65_HS1-834228961_62-HQ-83894_Section_8
Agency: FBI
Page 4
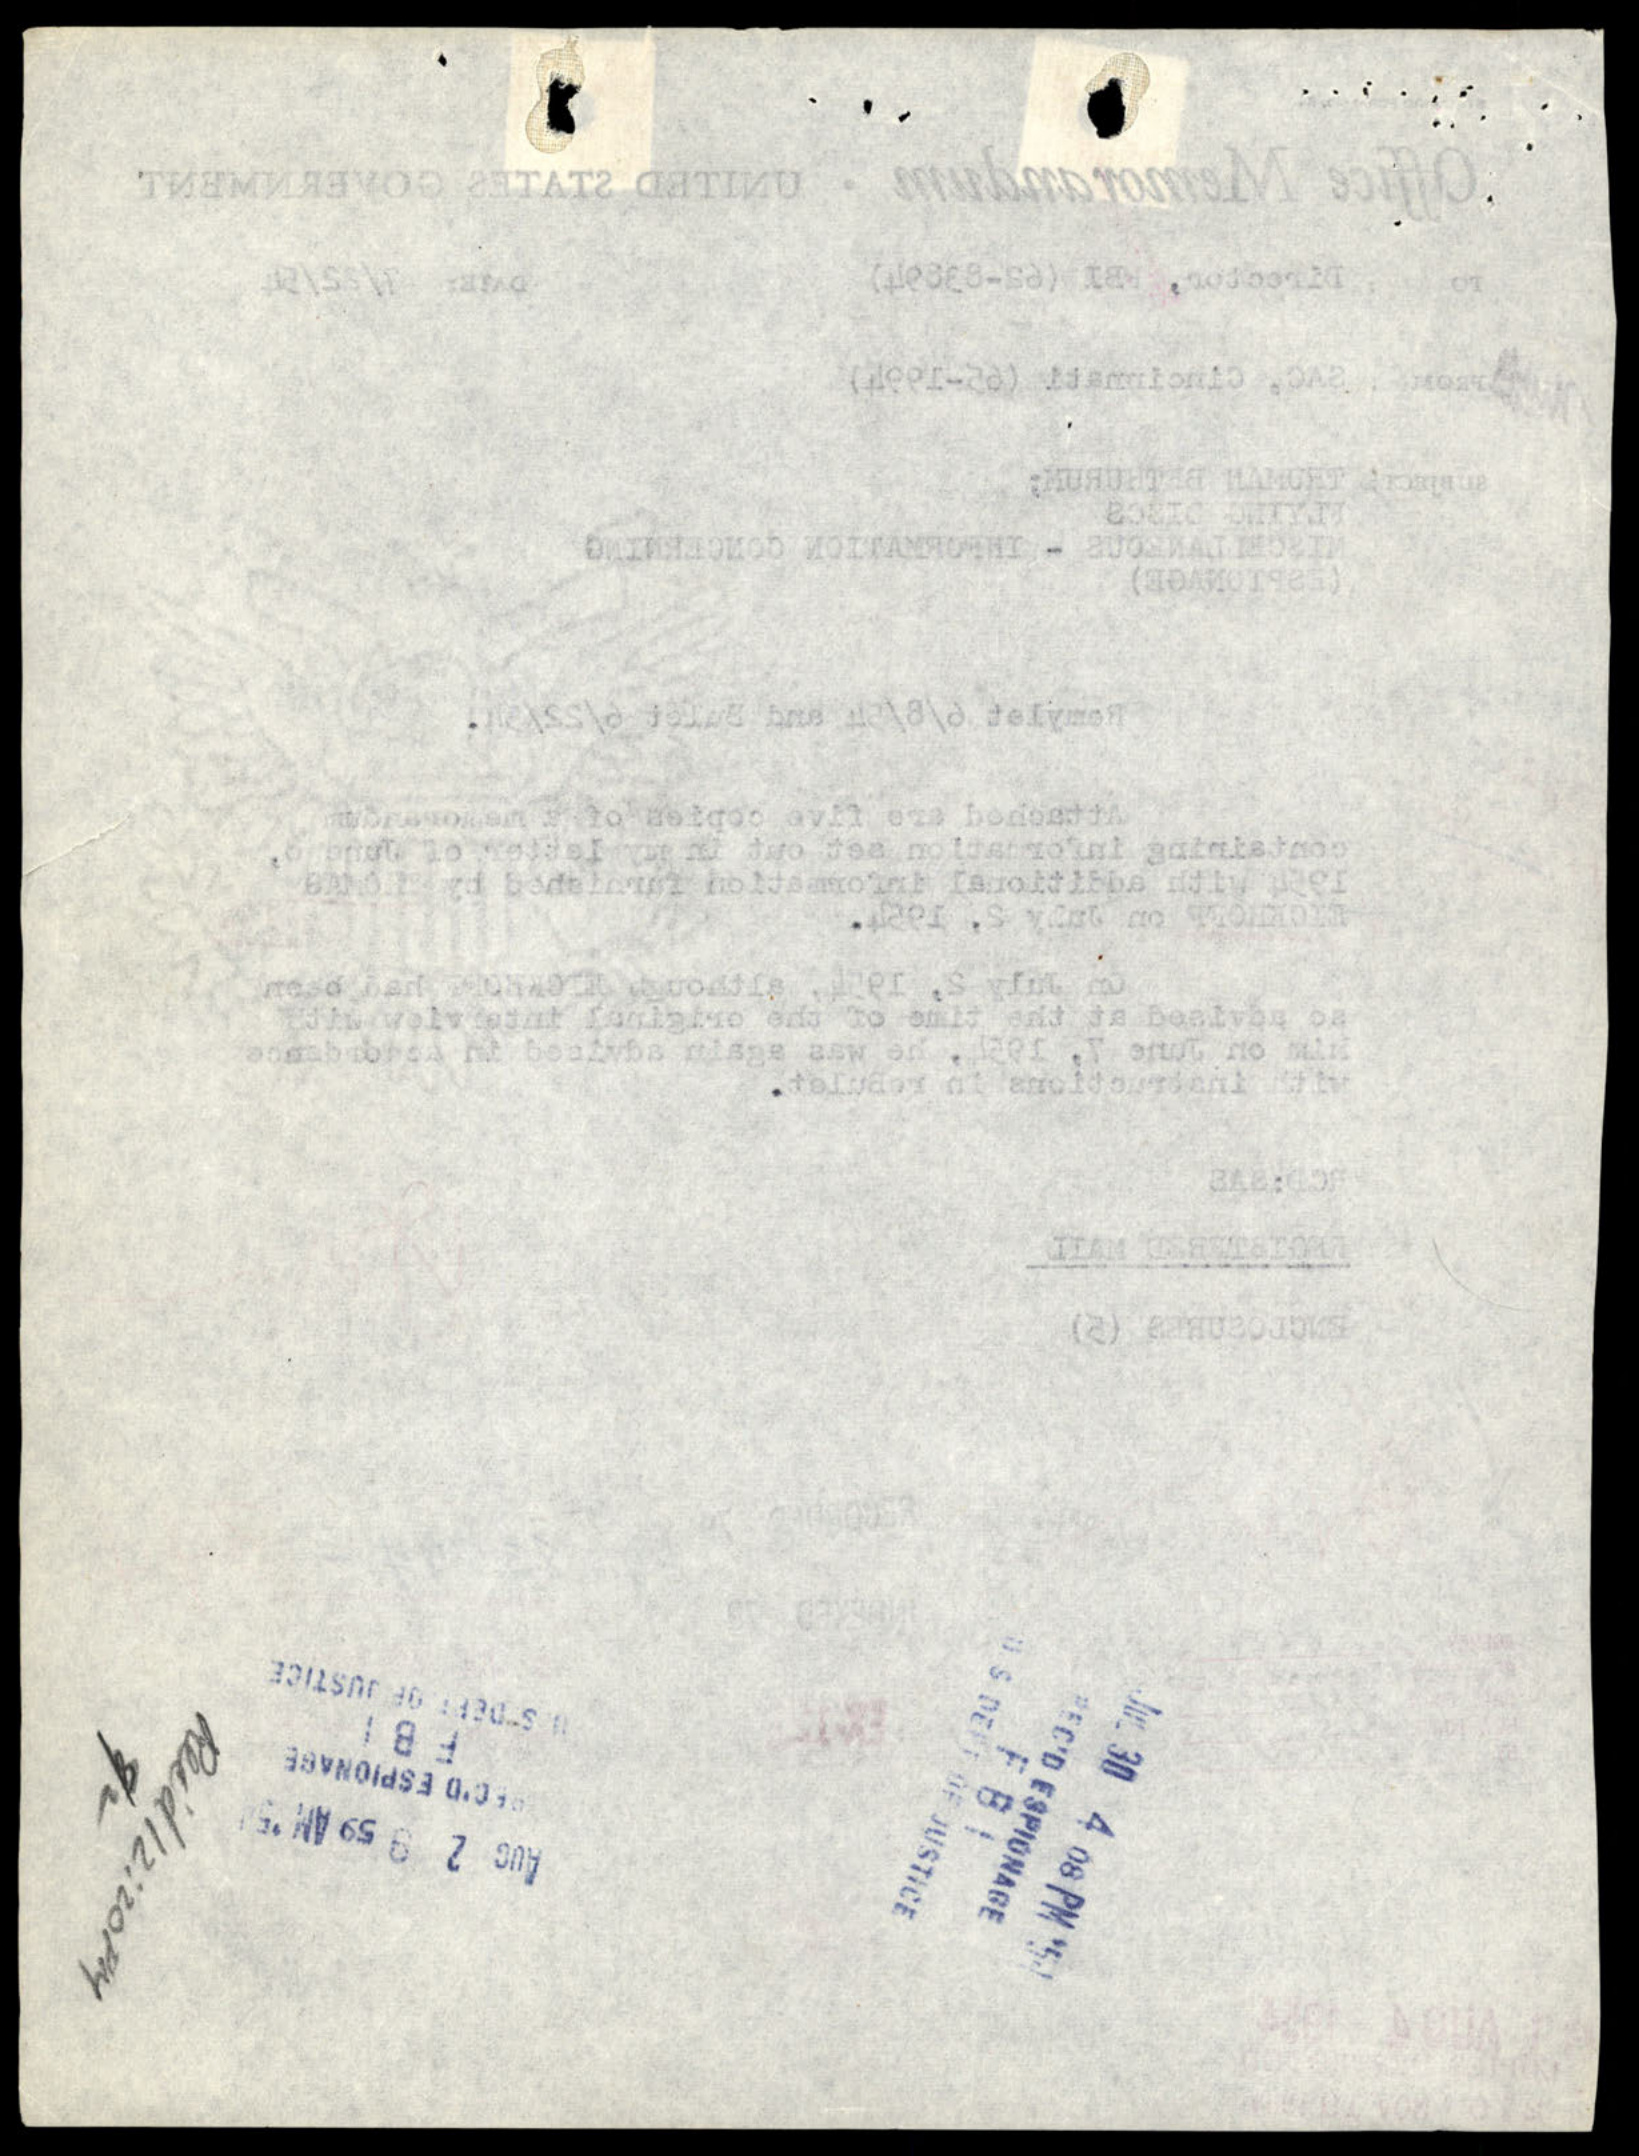